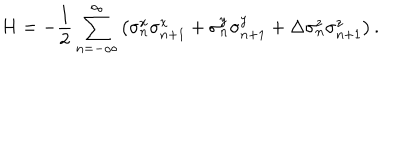
H = - \frac { 1 } { 2 } \sum _ { n = - \infty } ^ { \infty } \left( \sigma _ { n } ^ { x } \sigma _ { n + 1 } ^ { x } + \sigma _ { n } ^ { y } \sigma _ { n + 1 } ^ { y } + \Delta \sigma _ { n } ^ { z } \sigma _ { n + 1 } ^ { z } \right) .